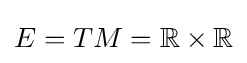
{\textstyle E=TM=\mathbb {R} \times \mathbb {R} }